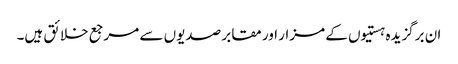
ان برگزیدہ ہستیوں کے مزار اور مقابر صدیوں سے مرجع خلائق ہیں۔